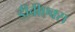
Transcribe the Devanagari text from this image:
डीवीएक्स